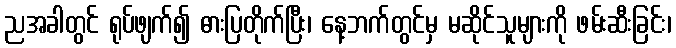
ညအခါတွင် ရုပ်ဖျက်၍ ဓားပြတိုက်ပြီး၊ နေ့ဘက်တွင်မှ မဆိုင်သူများကို ဖမ်းဆီးခြင်း၊